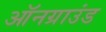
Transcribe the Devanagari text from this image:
ऑनग्राउंड